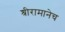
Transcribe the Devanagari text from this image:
श्रीरामानेच